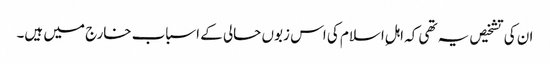
ان کی تشخیص یہ تھی کہ اہلِ اسلام کی اس زبوں حالی کے اسباب خارج میں ہیں۔